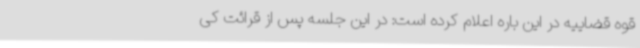
قوه قضاییه در این باره اعلام کرده است: در این جلسه پس از قرائت کی